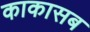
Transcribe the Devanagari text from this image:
काकासब